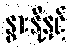
နွားနို့နှင့်